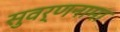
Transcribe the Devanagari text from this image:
सुवर्णनामा